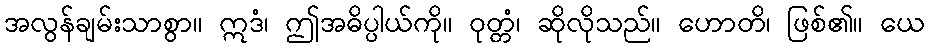
အလွန်ချမ်းသာစွာ။ ဣဒံ၊ ဤအဓိပ္ပါယ်ကို။ ဝုတ္တံ၊ ဆိုလိုသည်။ ဟောတိ၊ ဖြစ်၏။ ယေ